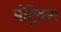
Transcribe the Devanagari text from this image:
मोंट्रेक्स